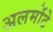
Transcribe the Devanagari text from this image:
अलमोंटे